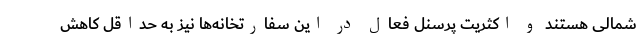
شمالی هستند و اکثریت پرسنل فعال در این سفارتخانه‌ها نیز به حداقل کاهش